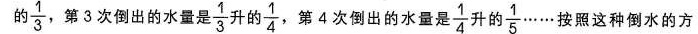
的 \frac{1}{3} ，第3次倒出的水量是\frac{1}{3} 升的 \frac{1}{4} ，第4次倒出的水量是 \frac{1}{4} 升的 \frac{1}{5} \ldots\ldots 按照这种倒水的方